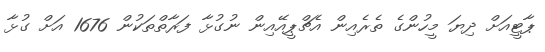
ޕާޓީއަށް ދިޔަ މީހުންގެ ތެރެއިން އެޗްޕީއޭއިން ނުގުޅާ ފަރާތްތަކުން 1676 އަށް ގުޅާ